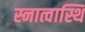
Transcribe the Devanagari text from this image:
स्नात्वास्थि